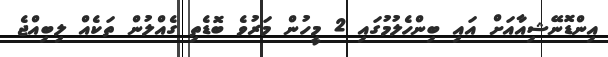
އިންޑޮނޭޝިއާއަށް އައި ބިންހެލުމުގައި 2 މީހުން މަރުވެ ބޮޑެތި ގެއްލުން ތަކެއް ލިބިއްޖެ